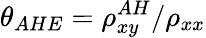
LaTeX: \theta_{AHE}=\rho_{xy}^{AH}/\rho_{xx}